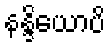
နန္ဒိယောပိ